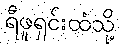
ရီဖူရှင်းထံသို့